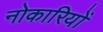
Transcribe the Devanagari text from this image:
नोकारियों